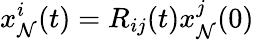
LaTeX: x_{\mathcal{N}}^{i}(t)=R_{ij}(t)x_{\mathcal{N}}^{j}(0)